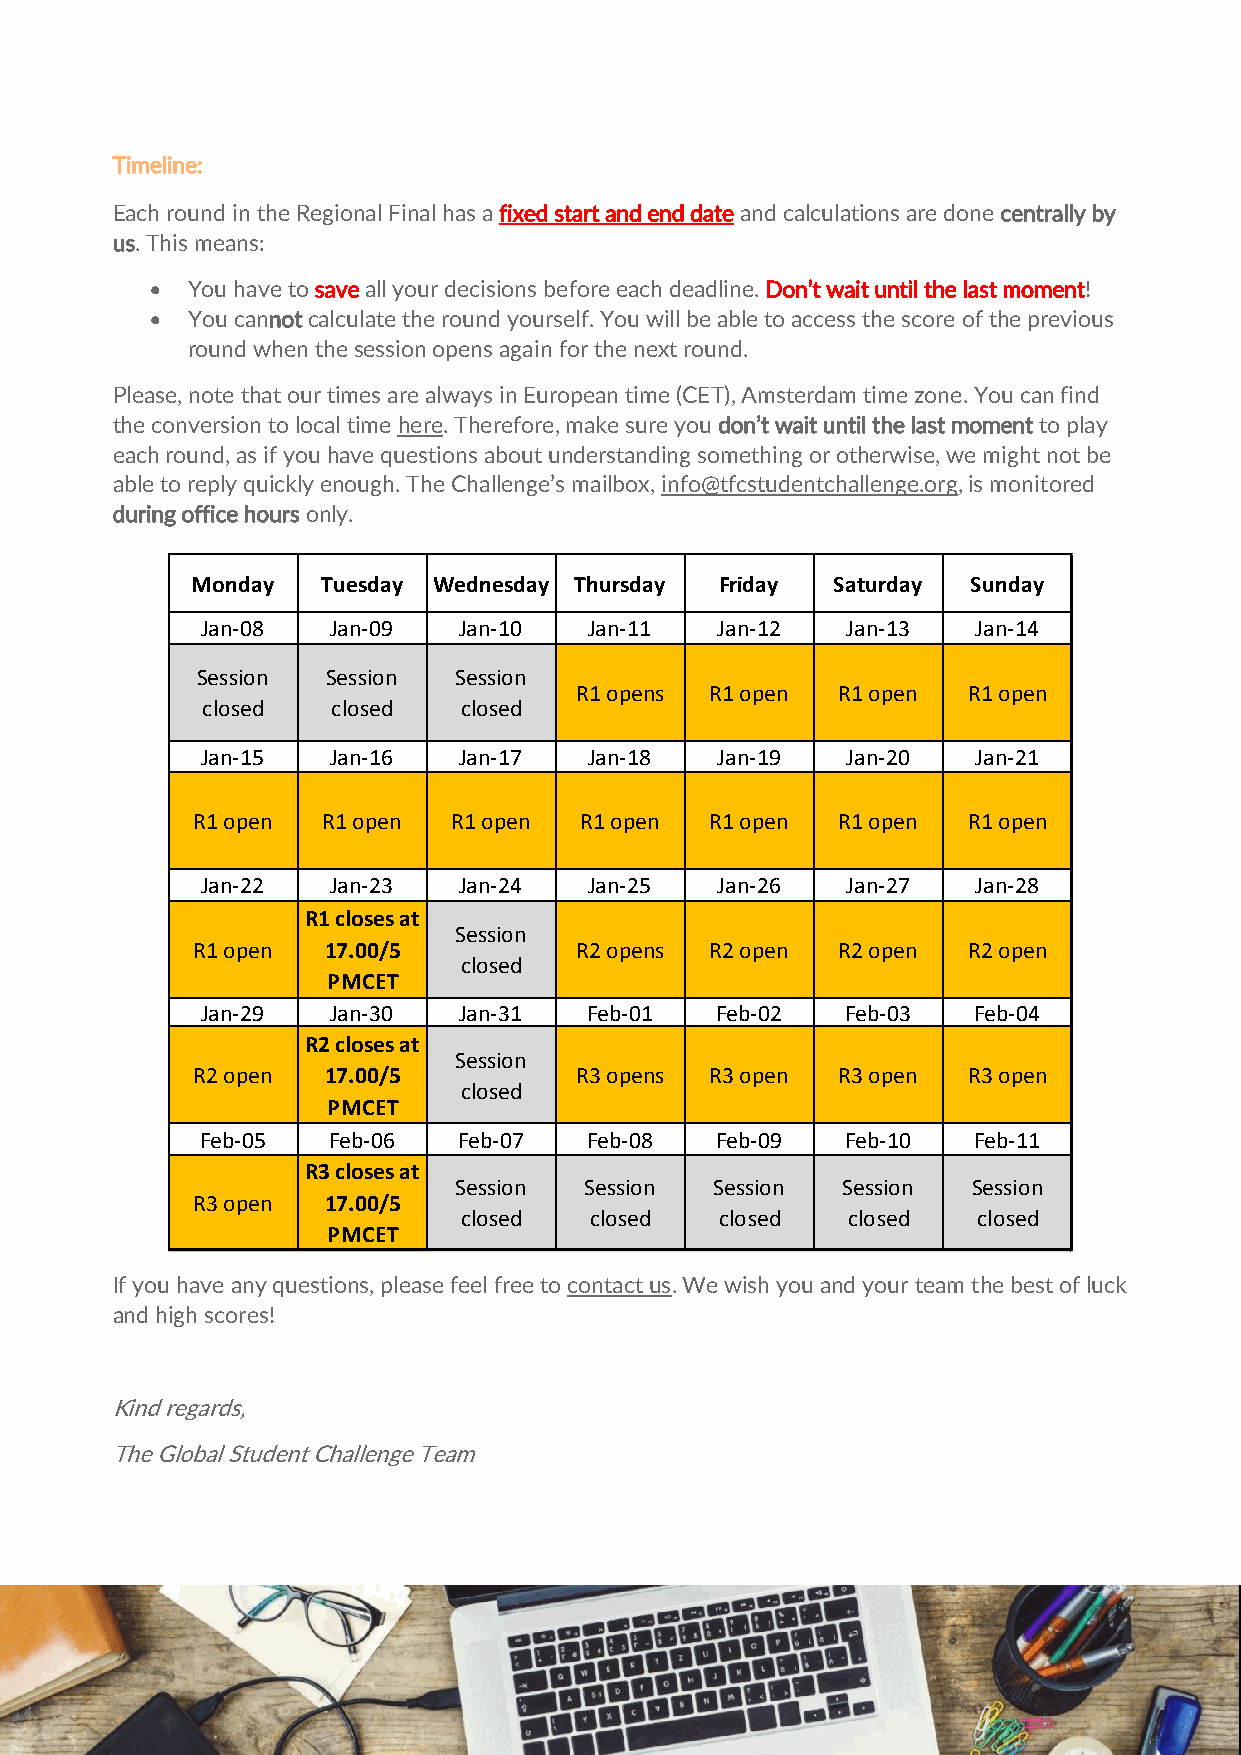
Timeline:
 Each round in the Regional Final has a fixed start and end date and calculations are done centrally by
 us. This means:
 • You have to save all your decisions before each deadline. Don’t wait until the last moment!
 • You cannot calculate the round yourself. You will be able to access the score of the previous
 round when the session opens again for the next round.
 Please, note that our times are always in European time (CET), Amsterdam time zone. You can find
 the conversion to local time here. Therefore, make sure you don’t wait until the last moment to play
 each round, as if you have questions about understanding something or otherwise, we might not be
 able to reply quickly enough. The Challenge’s mailbox, info@tfcstudentchallenge.org, is monitored
 during office hours only.
 Monday  Tuesday Wednesday Thursday Friday Saturday Sunday
 Jan-08   Jan-09  Jan-10   Jan-11  Jan-12   Jan-13   Jan-14
 Session  Session Session
 R1 opens R1 open R1 open  R1 open
 closed   closed  closed
 Jan-15   Jan-16  Jan-17   Jan-18  Jan-19   Jan-20   Jan-21
 R1 open R1 open  R1 open R1 open  R1 open R1 open  R1 open
 Jan-22   Jan-23  Jan-24   Jan-25  Jan-26   Jan-27   Jan-28
 R1 closes at
 Session
 R1 open 17.00/5          R2 opens R2 open R2 open  R2 open
 closed
 PMCET
 Jan-29   Jan-30  Jan-31   Feb-01  Feb-02   Feb-03  Feb-04
 R2 closes at
 Session
 R2 open 17.00/5          R3 opens R3 open R3 open  R3 open
 closed
 PMCET
 Feb-05   Feb-06  Feb-07   Feb-08  Feb-09   Feb-10  Feb-11
 R3 closes at
 Session  Session Session  Session Session
 R3 open 17.00/5
 closed   closed   closed  closed   closed
 PMCET
 If you have any questions, please feel free to contact us. We wish you and your team the best of luck
 and high scores!
 Kind regards,
 The Global Student Challenge Team